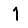
Digit: 1